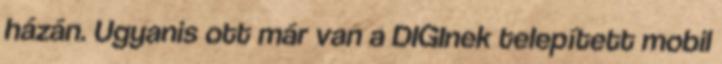
házán. Ugyanis ott már van a DIGInek telepített mobil